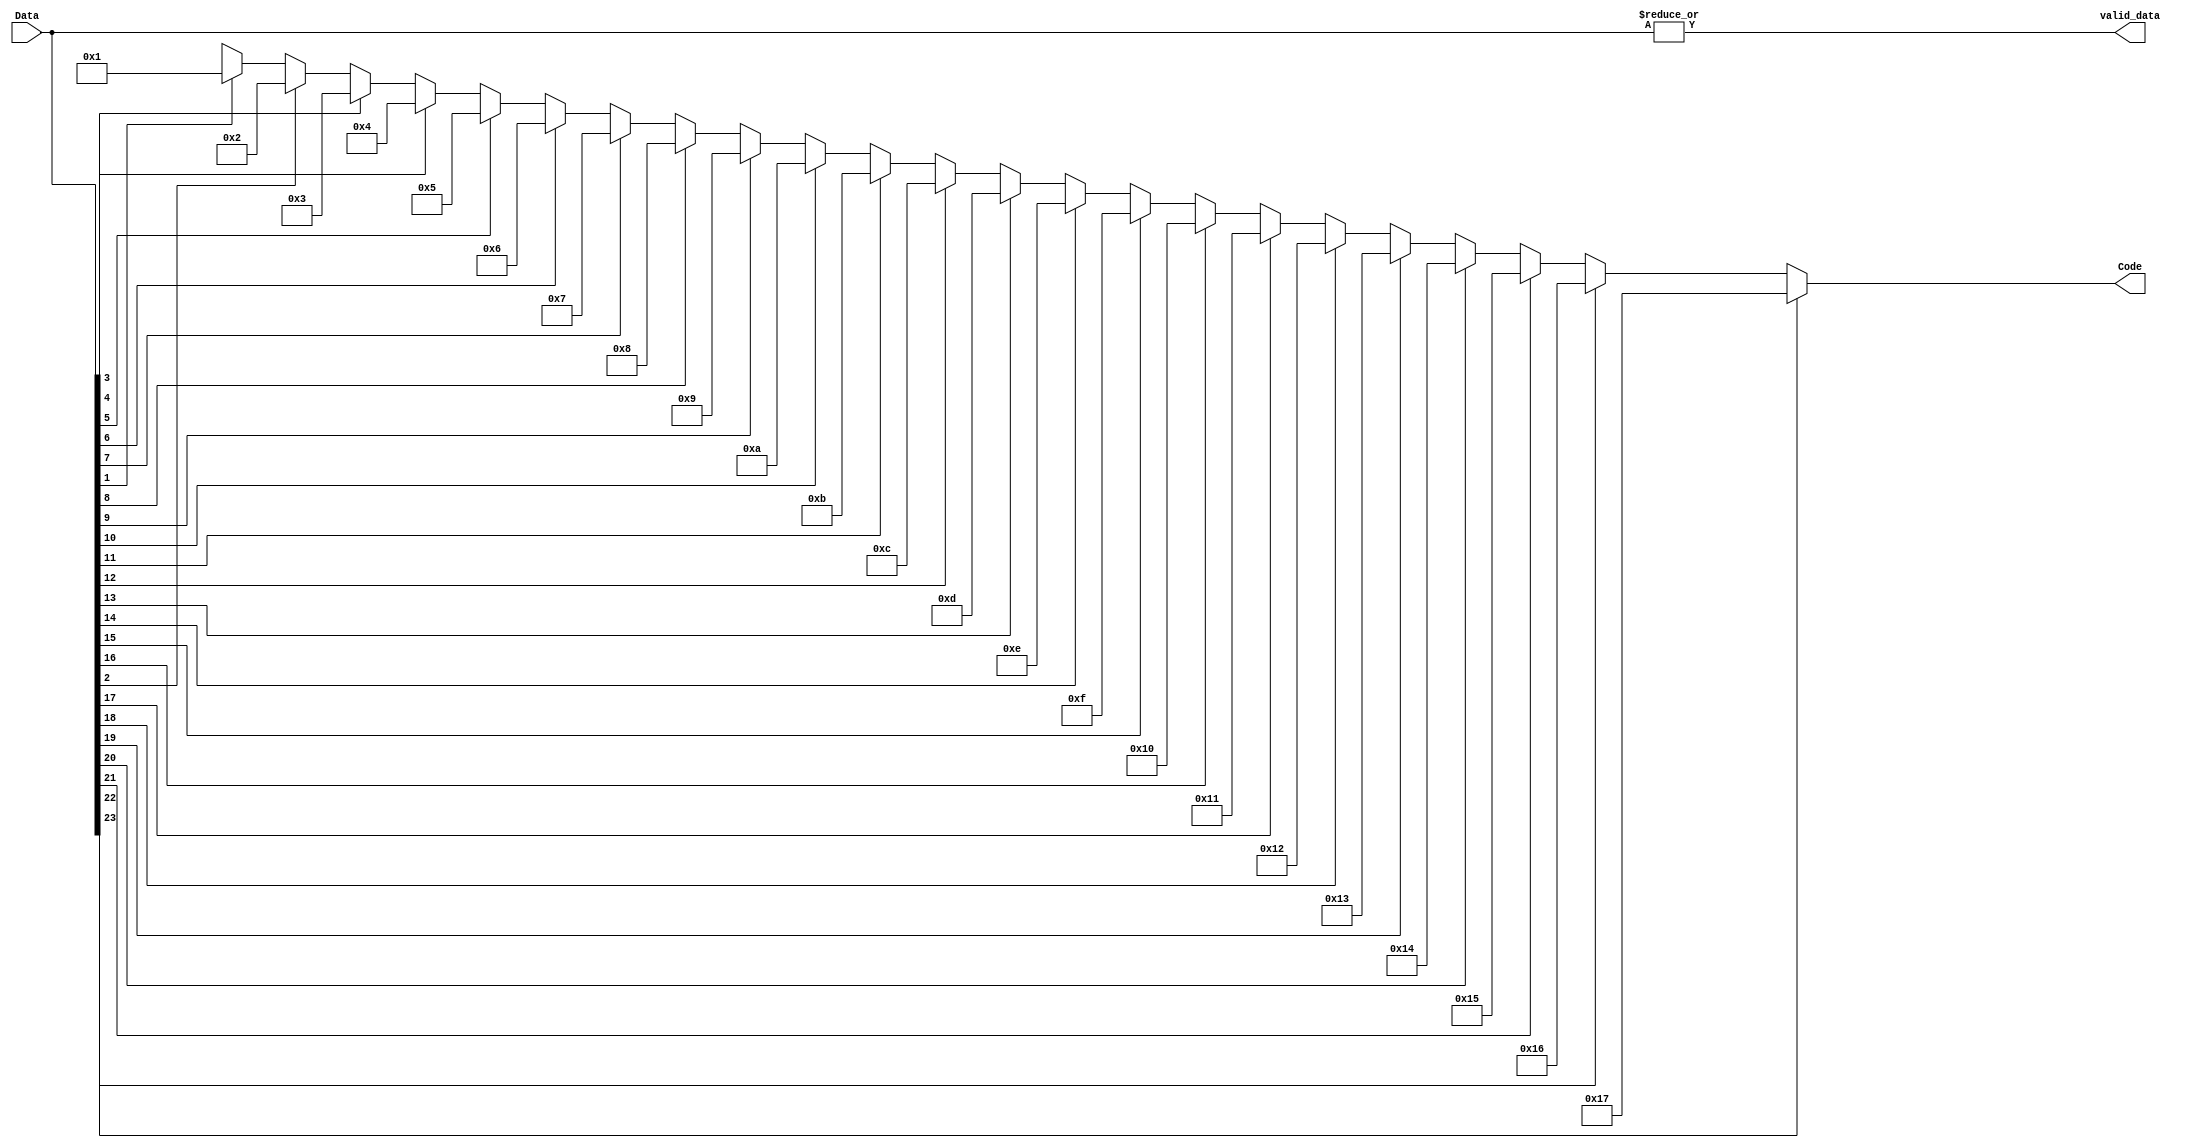
module bus_encoder #(parameter word_size = 32)(output reg[4:0]Code, output valid_data, input[31:0]Data);
	assign valid_data = |Data;
	always @ (Data) begin
			if(Data[23])Code = 23; else
			if(Data[22])Code = 22; else
			if(Data[21])Code = 21; else
			if(Data[20])Code = 20; else
			if(Data[19])Code = 19; else
			if(Data[18])Code = 18; else
			if(Data[17])Code = 17; else
			if(Data[16])Code = 16; else
			if(Data[15])Code = 15; else
			if(Data[14])Code = 14; else
			if(Data[13])Code = 13; else
			if(Data[12])Code = 12; else
			if(Data[11])Code = 11; else
			if(Data[10])Code = 10; else
			if(Data[9])Code = 9; else
			if(Data[8])Code = 8; else
			if(Data[7])Code = 7; else
			if(Data[6])Code = 6; else
			if(Data[5])Code = 5; else
			if(Data[4])Code = 4; else
			if(Data[3])Code = 3; else
			if(Data[2])Code = 2; else
			if(Data[1])Code = 1; else
			Code = 5'bx;
		end
	endmodule